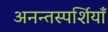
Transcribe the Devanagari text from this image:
अनन्तस्पर्शियाँ